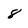
Character: 8